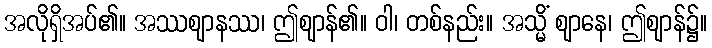
အလိုရှိအပ်၏။ အဿဈာနဿ၊ ဤဈာန်၏။ ဝါ၊ တစ်နည်း။ အသ္မိံ ဈာနေ၊ ဤဈာန်၌။